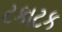
ટકાટક